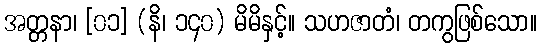
အတ္တနာ၊ [၀၁] (နိ၊ ၁၄၀) မိမိနှင့်။ သဟဇာတံ၊ တကွဖြစ်သော။